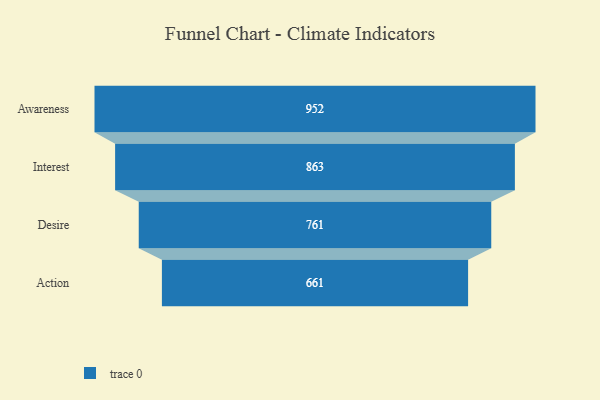
{"axis": {"x": "Stage", "y": "Value"}, "legend": [""], "data": [{"x": "Awareness", "y": 952.0, "type": ""}, {"x": "Interest", "y": 863.0, "type": ""}, {"x": "Desire", "y": 761.0, "type": ""}, {"x": "Action", "y": 661.0, "type": ""}]}